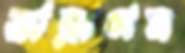
তারাগন